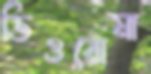
ডিওরোমা